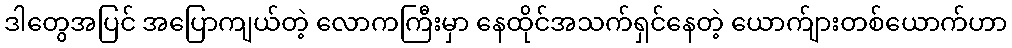
ဒါတွေအပြင် အပြောကျယ်တဲ့ လောကကြီးမှာ နေထိုင်အသက်ရှင်နေတဲ့ ယောက်ျားတစ်ယောက်ဟာ